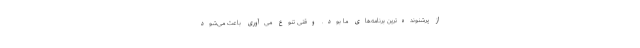
از پرشنونده‌ترین برنامه‌های ما بود. وقتی تنوع می‌آوری باعث می‌شود